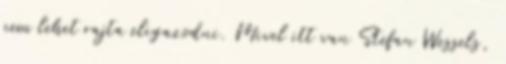
nem lehet rajta eligazodni. Mivel itt van Stefan Wessels,